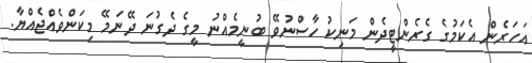
އަހަރެން އެކަމުގެ ގެރެންޓީދެން މަނިކު ހާސްނުވޭ ބުނީމެއްނު މީގެ ދެގުނަ ދޭނަމޭ މިކަންވެއްޖެއްޔާ.